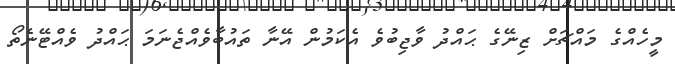
މީހެއްގެ މައްޗަށް ޒިނޭގެ ޙައްދު ވާޖިބުވެ އެކަމުން އޭނާ ތައުބާވެއްޖެނަމަ ޙައްދު ވެއްޓޭނެތޯ